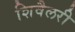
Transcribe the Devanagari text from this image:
शिवैलरी